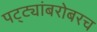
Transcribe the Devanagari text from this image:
पट्ट्यांबरोबरच